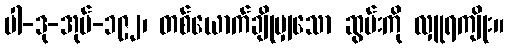
ပါ-ဒု-အုပ်-၁၉၂၊ တစ်ယောက်ချိုမျှသော ဆွမ်းကို လှူရကျိုး။